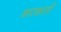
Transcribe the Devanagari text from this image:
कारकार्सो